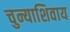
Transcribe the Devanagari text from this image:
चुन्याशिवाय